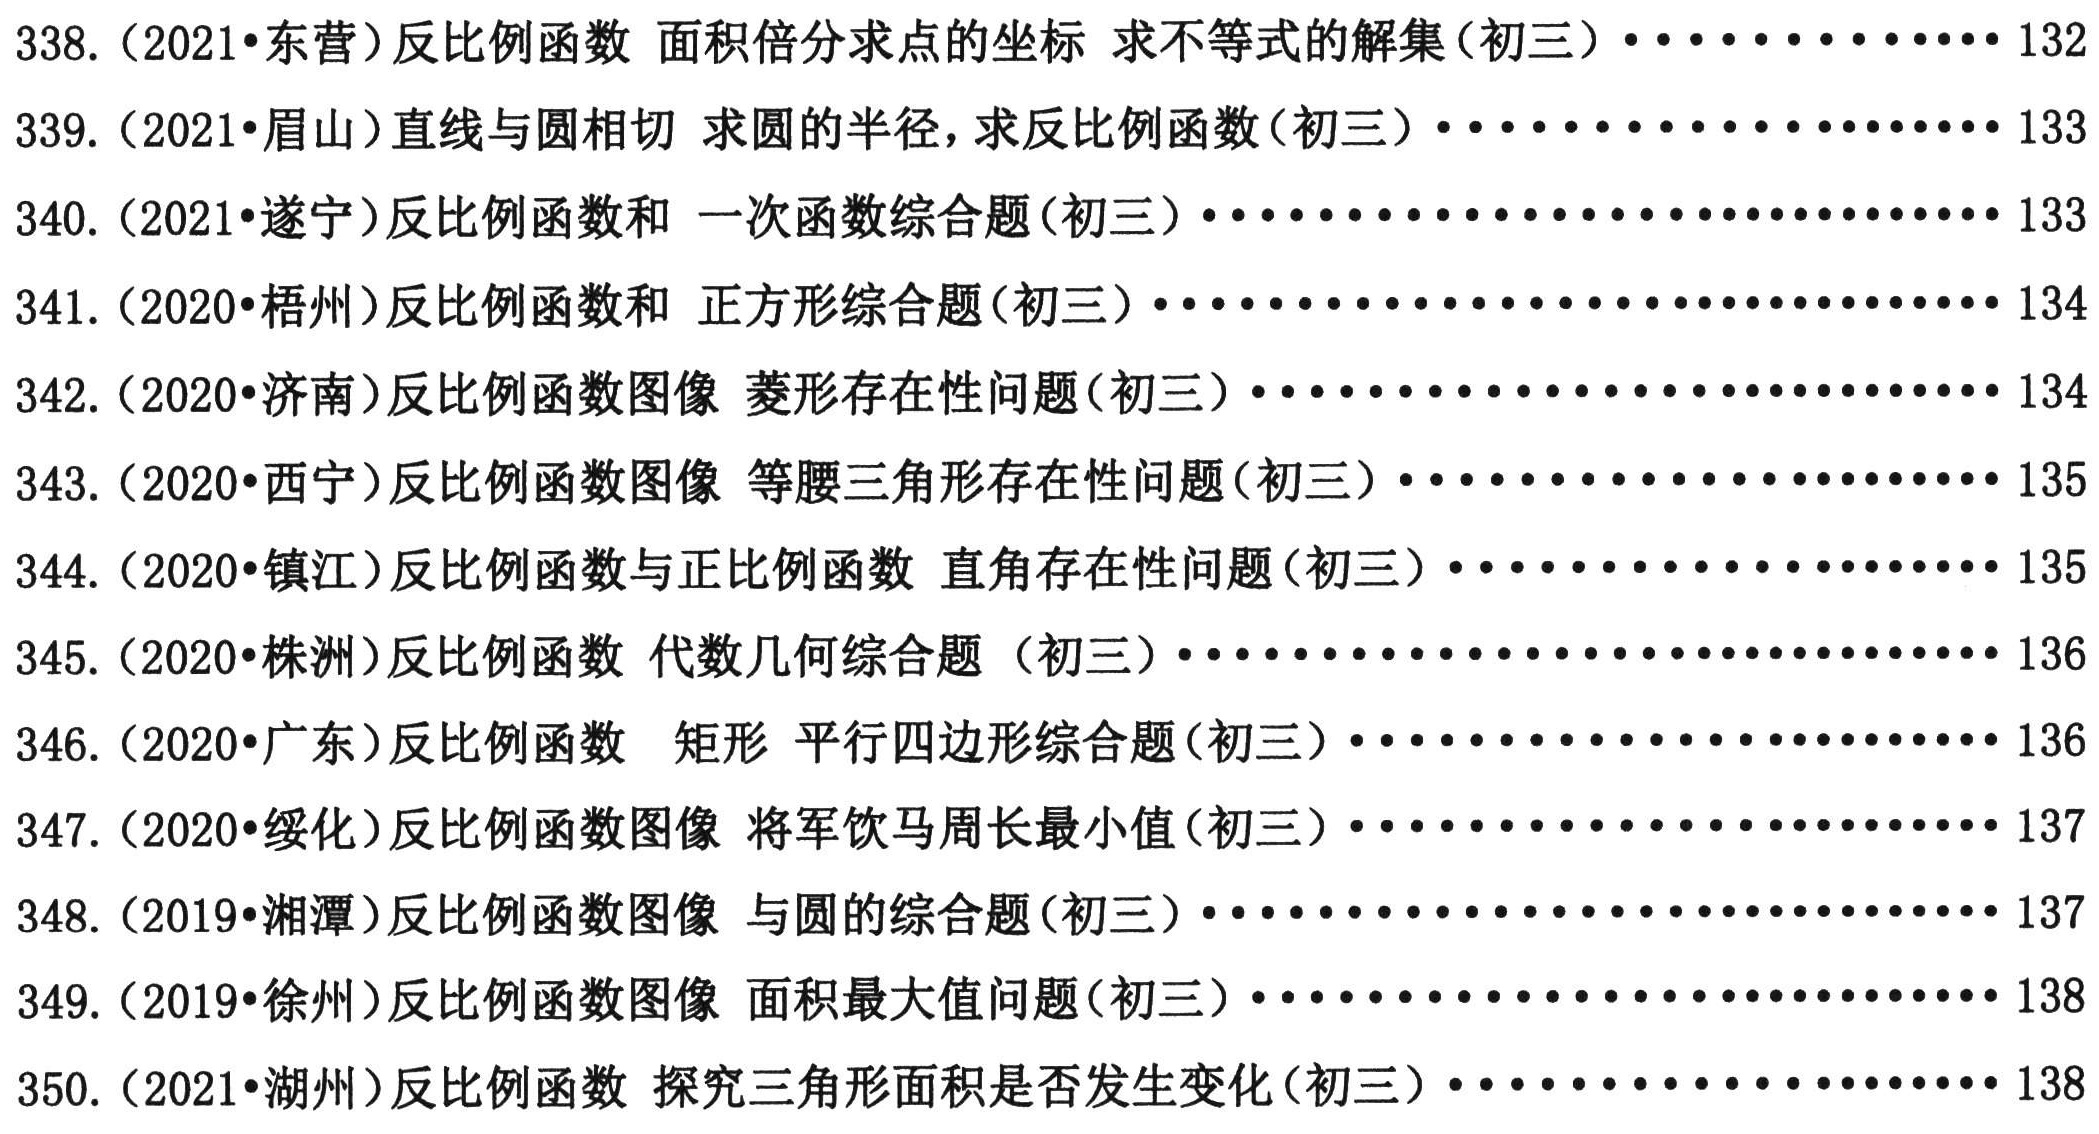
338.（2021•东营）反比例函数 面积倍分求点的坐标 求不等式的解集(初三) \cdots\cdots\cdots\cdots\cdots 132
339.（2021•眉山）直线与圆相切 求圆的半径，求反比例函数(初三) \cdots\cdots\cdots\cdots\cdots\cdots\cdots 133
340.（2021•遂宁）反比例函数和 一次函数综合题(初三) \cdots\cdots\cdots\cdots\cdots\cdots\cdots\cdots 133
341.（2020•梧州）反比例函数和 正方形综合题(初三) \cdots\cdots\cdots\cdots\cdots\cdots\cdots\cdots 134
342.（2020•济南）反比例函数图像 菱形存在性问题(初三) \cdots\cdots\cdots\cdots\cdots\cdots\cdots\cdots 134
343.（2020•西宁）反比例函数图像 等腰三角形存在性问题(初三) \cdots\cdots\cdots\cdots\cdots\cdots\cdots 135
344.（2020•镇江）反比例函数与正比例函数 直角存在性问题(初三) \cdots\cdots\cdots\cdots\cdots\cdots\cdots 135
345.（2020•株洲）反比例函数 代数几何综合题 (初三) \cdots\cdots\cdots\cdots\cdots\cdots\cdots\cdots 136
346.（2020•广东）反比例函数  矩形 平行四边形综合题(初三) \cdots\cdots\cdots\cdots\cdots\cdots\cdots 136
347.（2020•绥化）反比例函数图像 将军饮马周长最小值(初三) \cdots\cdots\cdots\cdots\cdots\cdots\cdots 136
348.（2019•湘潭）反比例函数图像 与圆的综合题(初三) \cdots\cdots\cdots\cdots\cdots\cdots\cdots\cdots 137
349.（2019•徐州）反比例函数图像 面积最大值问题(初三) \cdots\cdots\cdots\cdots\cdots\cdots\cdots\cdots 138
350.（2021•湖州）反比例函数 探究三角形面积是否发生变化(初三) \cdots\cdots\cdots\cdots\cdots\cdots\cdots 138